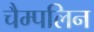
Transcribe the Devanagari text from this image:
चैम्पलिन